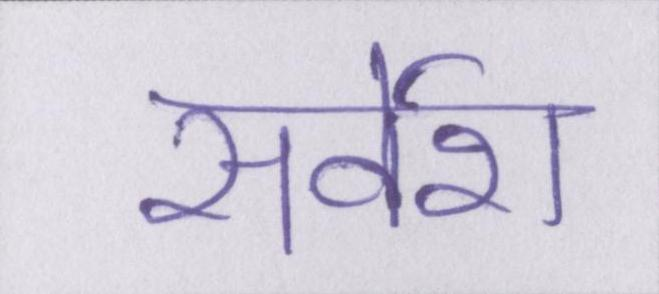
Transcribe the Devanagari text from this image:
सर्वेश